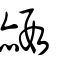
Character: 赮